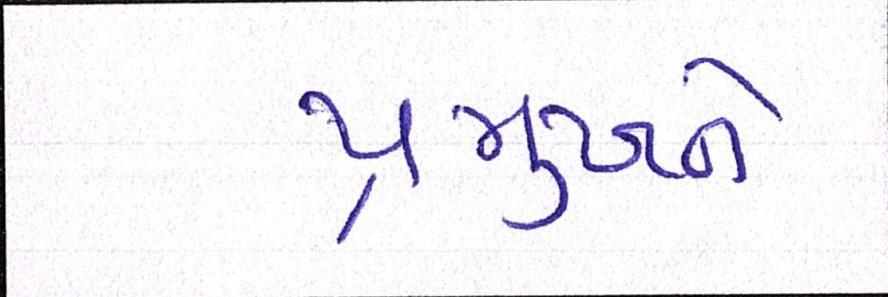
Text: પ્રમુખને